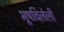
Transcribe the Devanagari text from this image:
भूषविलेली